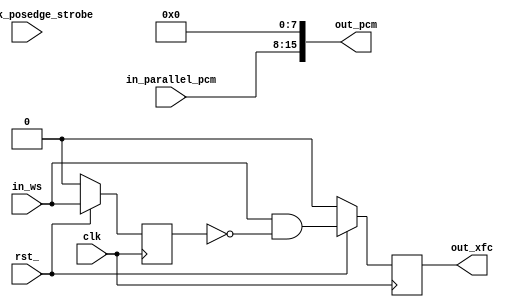
`timescale 1ns / 1ps

module parallel_in(
    input   clk,
    input   rst_,

    input   [ 7:0]  in_parallel_pcm,
    input           i2s_sck_posedge_strobe,
    input           in_ws,
    output  [15:0]  out_pcm,
    output reg      out_xfc
    );

reg in_ws_p1;

wire in_ws_pulse;
    
always @ (posedge clk)
if (!rst_)
    in_ws_p1 <= 0;
else
    in_ws_p1 <= in_ws ;

assign in_ws_pulse = in_ws & ~in_ws_p1;

always @ (posedge clk)
if (!rst_)
    out_xfc <= 0;
else
    out_xfc <= in_ws_pulse;

assign out_pcm = {in_parallel_pcm, 8'h00};

endmodule